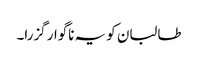
طالبان کو یہ ناگوار گزرا۔